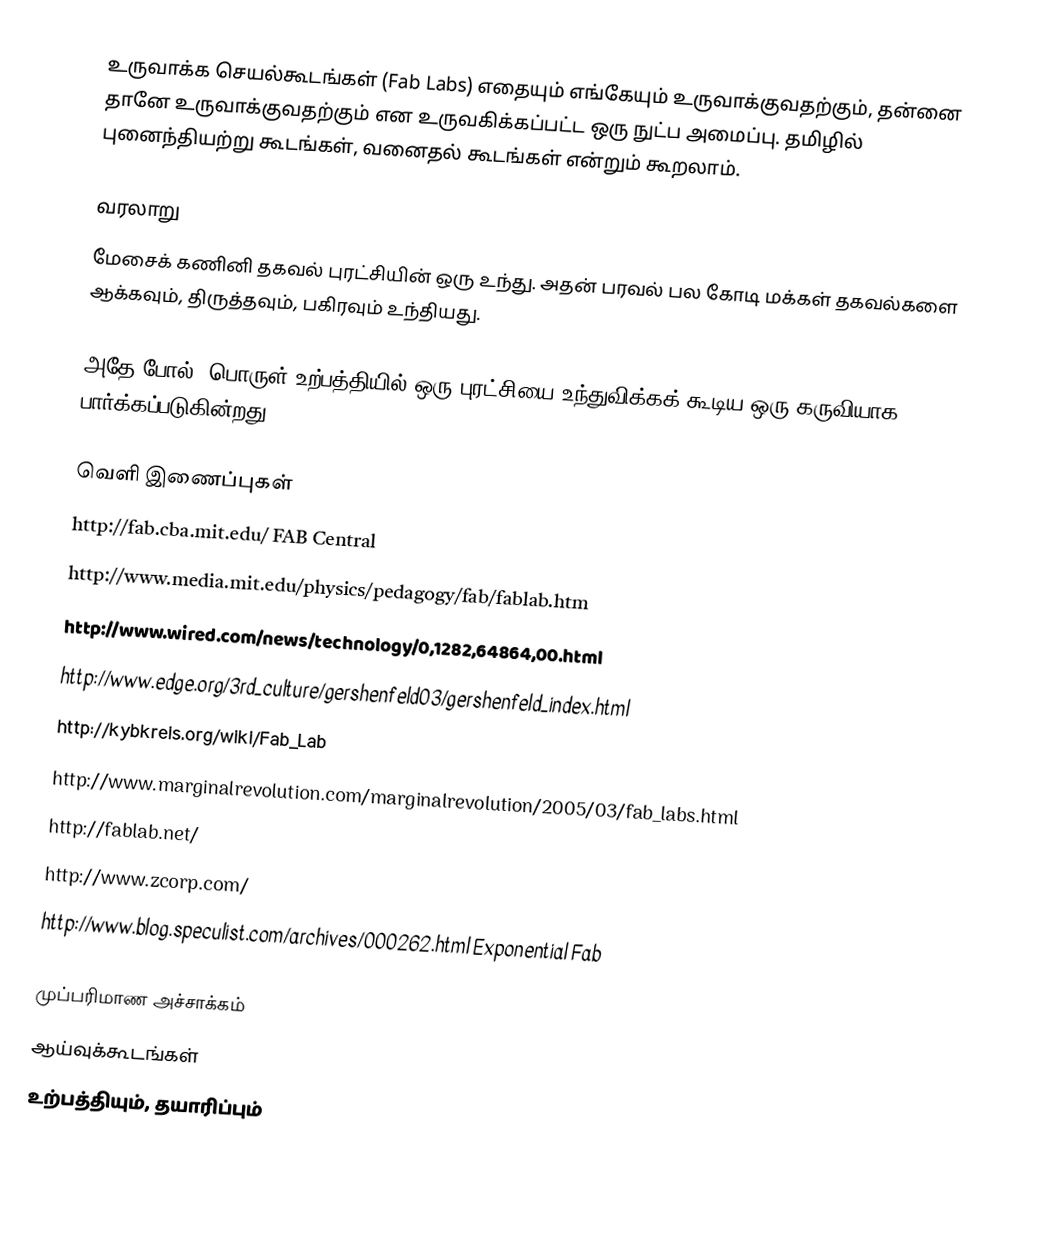
உருவாக்க செயல்கூடங்கள் (Fab Labs) எதையும் எங்கேயும் உருவாக்குவதற்கும், தன்னை தானே உருவாக்குவதற்கும் என உருவகிக்கப்பட்ட ஒரு நுட்ப அமைப்பு. தமிழில் புனைந்தியற்று கூடங்கள், வனைதல் கூடங்கள் என்றும் கூறலாம்.

வரலாறு
மேசைக் கணினி தகவல் புரட்சியின் ஒரு உந்து. அதன் பரவல் பல கோடி மக்கள் தகவல்களை ஆக்கவும், திருத்தவும், பகிரவும் உந்தியது.

அதே போல், பொருள் உற்பத்தியில் ஒரு புரட்சியை உந்துவிக்கக் கூடிய ஒரு கருவியாக FAB Labs பார்க்கப்படுகின்றது.

வெளி இணைப்புகள்
 http://fab.cba.mit.edu/ FAB Central
 http://www.media.mit.edu/physics/pedagogy/fab/fablab.htm
 http://www.wired.com/news/technology/0,1282,64864,00.html
 http://www.edge.org/3rd_culture/gershenfeld03/gershenfeld_index.html
 http://kybkreis.org/wiki/Fab_Lab
 http://www.marginalrevolution.com/marginalrevolution/2005/03/fab_labs.html
 http://fablab.net/
 http://www.zcorp.com/
 http://www.blog.speculist.com/archives/000262.html Exponential Fab

முப்பரிமாண அச்சாக்கம்
ஆய்வுக்கூடங்கள்
உற்பத்தியும், தயாரிப்பும்